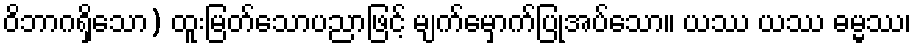
ဝိဘာဂရှိသော) ထူးမြတ်သောပညာဖြင့် မျက်မှောက်ပြုအပ်သော။ ယဿ ယဿ ဓမ္မဿ၊